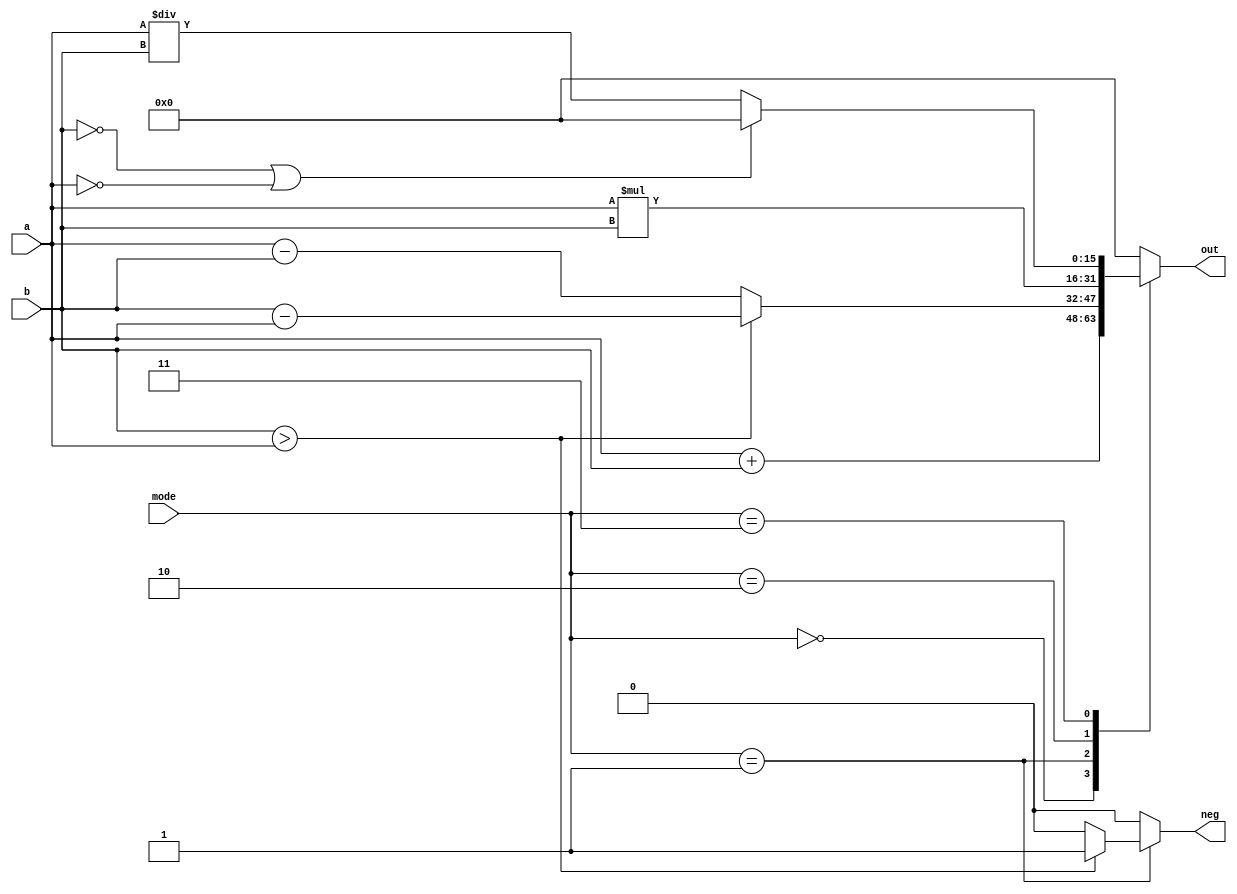
//////////////////////////////////////////////////////////////////////////////////
// Module Name:	alu 
// Description: 	Module to select operation and caculate the result given 2 inputs.
// 					All arithmetic calculations will be done in this module.
//
// Dependencies: 	a - the first operand
//						b - the second operand
//						out - the result from the calculation
//						mode - what operation to carry out
//						neg - whether the number is negative or not
//
// Comments: 		This ALU will operate using the format "a OPERATION b = RESULT"
//
//////////////////////////////////////////////////////////////////////////////////
module alu(a, b, out, mode, neg);
//module alu(a, b, mode, out);
	// definitions of parameters, inputs, outputs, wires, regs...
	input [15:0] a, b;
	
	// FPGA has only 10 switches: 8 will be numbers, 2 will be operations
	// which means some numbers and operations will be a combination of 2 switches.
	input [2:0] mode;

	output reg [15:0] out;
	output reg neg;

	// hardcoded variables names for differing modes
	// initial state defaulted to 3'b100
	parameter ADD = 3'b000;
	parameter SUB = 3'b001;
	parameter MUL = 3'b010;
	parameter DIV = 3'b011;

	wire [15:0] tempA;
	wire [15:0] temp;


	// do something when an input changes
	always@(a, b, mode)
	begin
		// instantiate variables
		out = 16'b0000000000000000;
		neg = 0;

		case(mode)
			ADD:	// 000
			begin
				// should have conditional for negatives
				out = a + b;
				neg = 0;
			end

			SUB:	// 001
			begin
				if(b > a)

				begin
					// a = 1st operand, b = 2nd operand
					// so if b is greater, have it become the first operand and set neg = 1
					out = b - a;
					neg = 1;
				end
				else
				begin
					// otherwise normal operation
					out = a - b;
					neg = 0;
				end

			end

			MUL:	// 010
			begin
				out = a * b;
				// neg = 0 only if both a and b are positive or negative
				neg = 0;
			end

			DIV:	// 011
			begin
				// make sure to catch a divide by zero
				if(b == 0 || a == 0)
				begin
					// have it return 0 for now
					out = 0;
					neg = 0;
				end
				else
				begin
					out = a / b;
				end
			end
		endcase
	end
endmodule